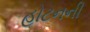
હોટનની